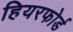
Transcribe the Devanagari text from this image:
हियरफोर्ड